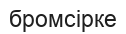
бромсірке